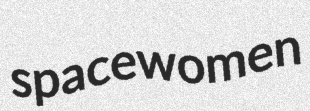
spacewomen